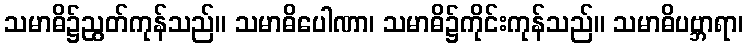
သမာဓိ၌ညွတ်ကုန်သည်။ သမာဓိပေါဏာ၊ သမာဓိ၌ကိုင်းကုန်သည်။ သမာဓိပဗ္ဘာရာ၊